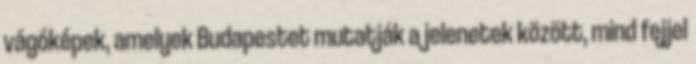
vágóképek, amelyek Budapestet mutatják a jelenetek között, mind fejjel